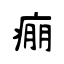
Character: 痭